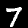
Label: 7